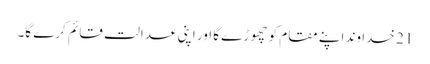
21 خدا وند اپنے مقام کو چھو ڑے گا اور اپنی عدالت قائم کرے گا۔